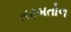
તરબતોળ